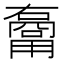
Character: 𱰢